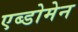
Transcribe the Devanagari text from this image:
एब्डोमेन